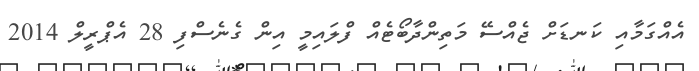
އެއްގަމާއި ކަނޑަށް ޖެއްސޭ މަތިންދާބޯޓެއް ފްލައިމީ އިން ގެނެސްފި 28 އެޕްރީލް 2014